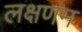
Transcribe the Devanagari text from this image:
लक्षणम